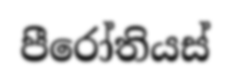
පීරෝතියස්